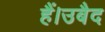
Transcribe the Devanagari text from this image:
हैं।उबैद